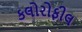
કલોરોફીલ